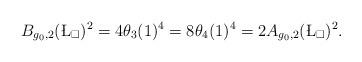
LaTeX: \begin{align*}B_{g_0,2}(\L_\square)^2 = 4 \theta_3(1)^4 = 8 \theta_4(1)^4 = 2 A_{g_0,2}(\L_\square)^2.\end{align*}